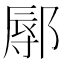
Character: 鄏